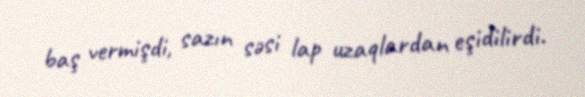
baş vermişdi, sazın səsi lap uzaqlardan eşidilirdi.